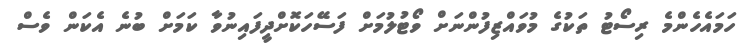
ހަމައެހެންމެ ރިސޯޓު ތަކުގެ މުވައްޒިފުންނަށް ވޯޓުލުމަށް ފަސޭހަކޮށްދީފައިނުވާ ކަމަށް ބުނެ އެކަން ވެސް